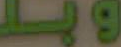
وبا